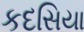
કદસિયા